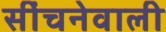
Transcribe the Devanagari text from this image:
सींचनेवाली